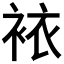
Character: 𧙿